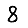
Digit: 8